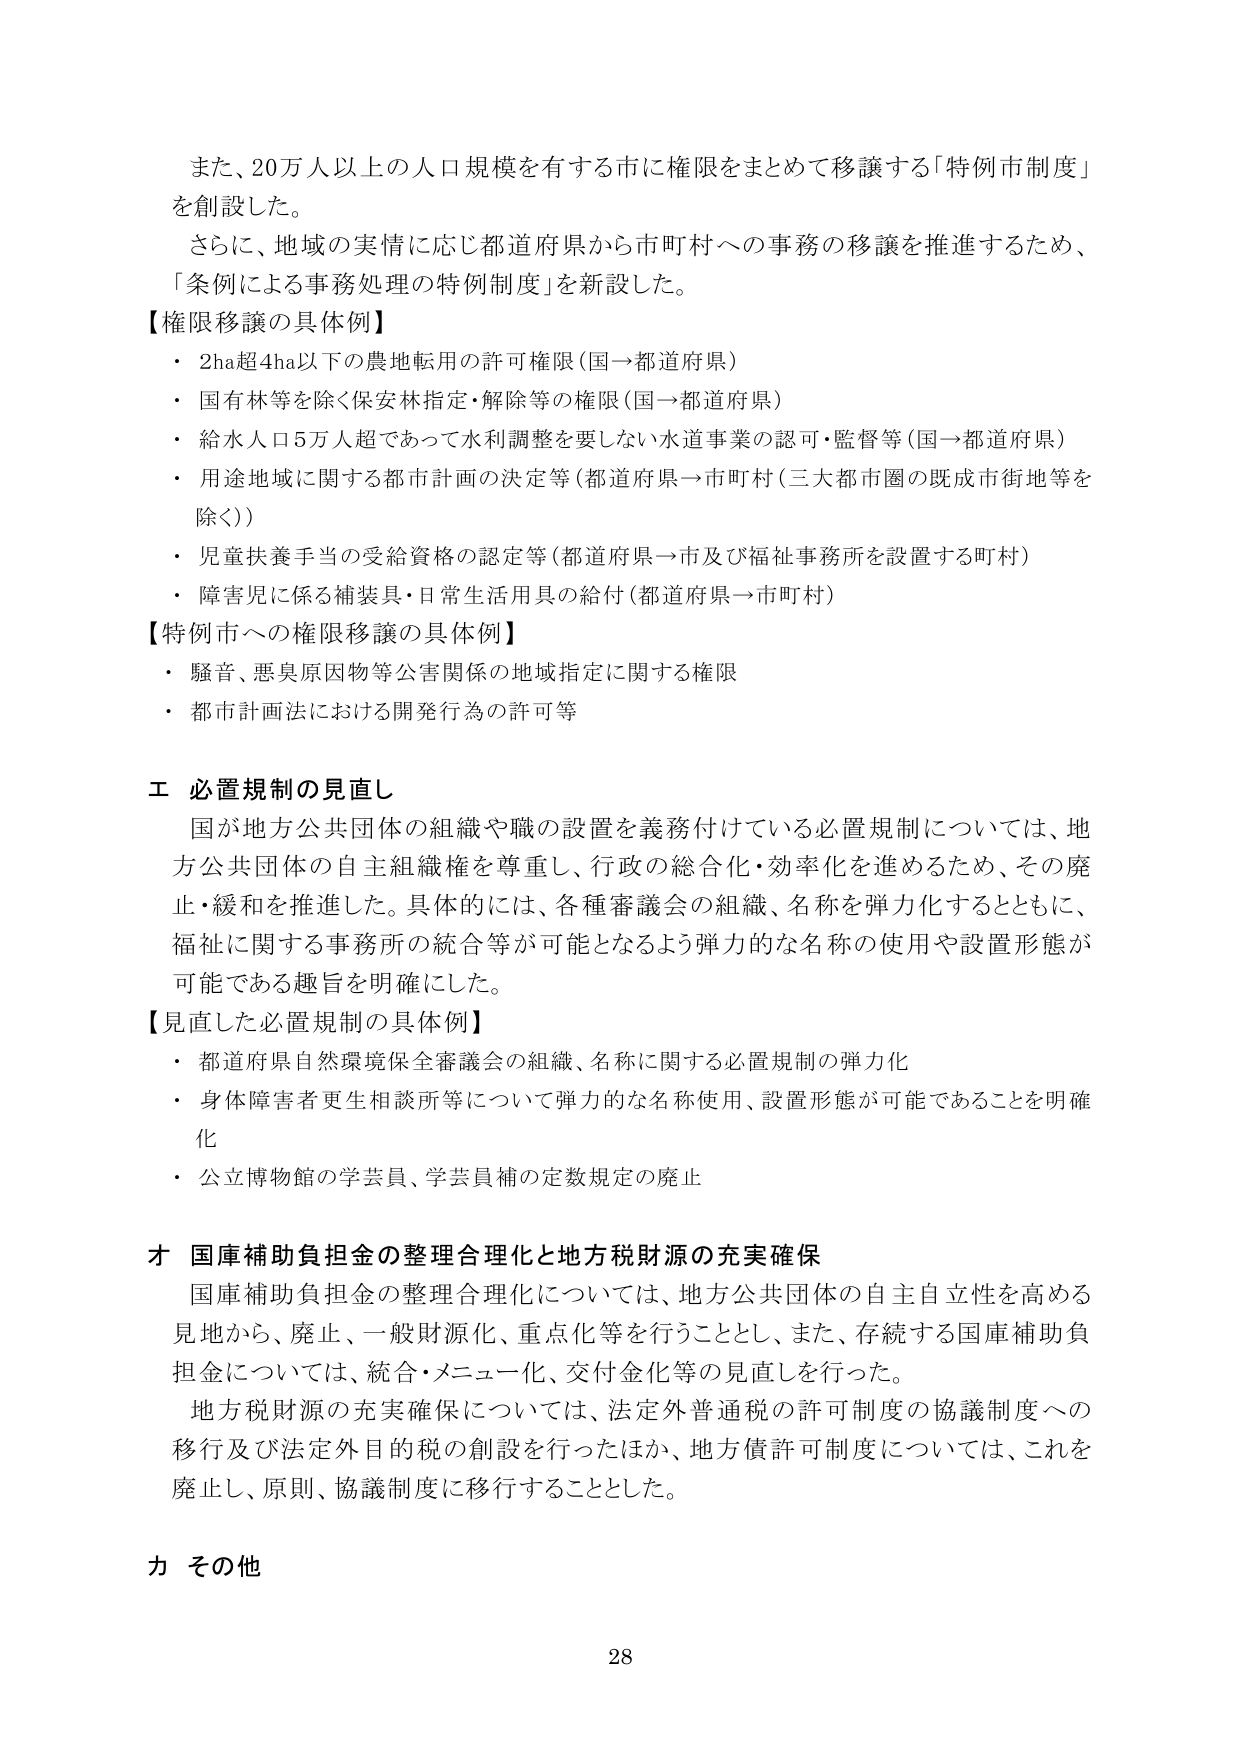
また、20万人以上の人口規模を有する市に権限をまとめて移譲する「特例市制度」を創設した。
さらに、地域の実情に応じ都道府県から市町村への事務の移譲を推進するため、「条例による事務処理の特例制度」を新設した。

【権限移譲の具体例】
・2ha超4ha以下の農地転用の許可権限（国→都道府県）
・国有林等を除く保安林指定・解除等の権限（国→都道府県）
・給水人口5万人超であって水利調整を要しない水道事業の認可・監督等（国→都道府県）
・用途地域に関する都市計画の決定等（都道府県→市町村（三大都市圏の既成市街地等を除く））
・児童扶養手当の受給資格の認定等（都道府県→市及び福祉事務所を設置する町村）
・障害児に係る補装具・日常生活用具の給付（都道府県→市町村）

【特例市への権限移譲の具体例】
・騒音、悪臭原因物等公害関係の地域指定に関する権限
・都市計画法における開発行為の許可等

エ 必置規制の見直し
国が地方公共団体の組織や職の設置を義務付けている必置規制については、地方公共団体の自主組織権を尊重し、行政の総合化・効率化を進めるため、その廃止・緩和を推進した。具体的には、各種審議会の組織、名称を弾力化するとともに、福祉に関する事務所の統合等が可能となるよう弾力的な名称の使用や設置形態が可能である趣旨を明確にした。

【見直した必置規制の具体例】
・都道府県自然環境保全審議会の組織、名称に関する必置規制の弾力化
・身体障害者更生相談所等について弾力的な名称使用、設置形態が可能であることを明確化
・公立博物館の学芸員、学芸員補の定数規定の廃止

オ 国庫補助負担金の整理合理化と地方税財源の充実確保
国庫補助負担金の整理合理化については、地方公共団体の自主自立性を高める見地から、廃止、一般財源化、重点化等を行うこととし、また、存続する国庫補助負担金については、統合・メニュー化、交付金化等の見直しを行った。
地方税財源の充実確保については、法定外普通税の許可制度の協議制度への移行及び法定外目的税の創設を行ったほか、地方債許可制度については、これを廃止し、原則、協議制度に移行することとした。

カ その他

28